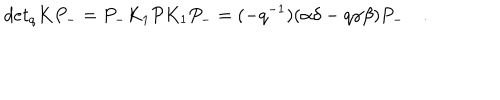
d e t _ { q } K P _ { - } = P _ { - } K _ { 1 } { \cal P } K _ { 1 } P _ { - } = ( - q ^ { - 1 } ) ( \alpha \delta - q \gamma \beta ) P _ { - } \quad .